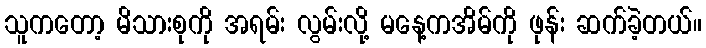
သူကတော့ မိသားစုကို အရမ်း လွမ်းလို့ မနေ့ကအိမ်ကို ဖုန်း ဆက်ခဲ့တယ်။